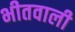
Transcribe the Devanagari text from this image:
भीतवाली